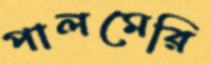
পালমেরি